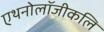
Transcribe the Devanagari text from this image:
एथनोलॉजीकलि